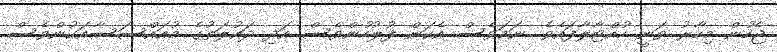
ޖެހުން މިހާރު ވަނީ ހުއްޓާލާފައެވެ. ނަމަވެސް އެކަން ފުލުހުންވެސް އަދި ދައުލަތުގެ މުއައްސަސާއަކުންވެސް